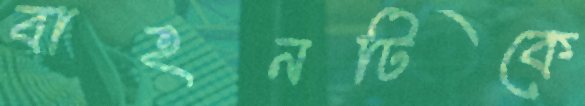
বাহনটিকে